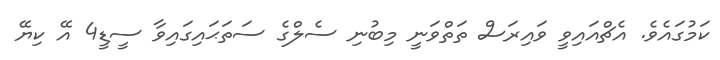
ކަމުގައެވެ. އެޗްއައިވީ ވައިރަސް ތަތްވަނީ މިބުނި ސެލްގެ ސަތަޙައިގައިވާ ސީޑީ4 އޭ ކިޔޭ